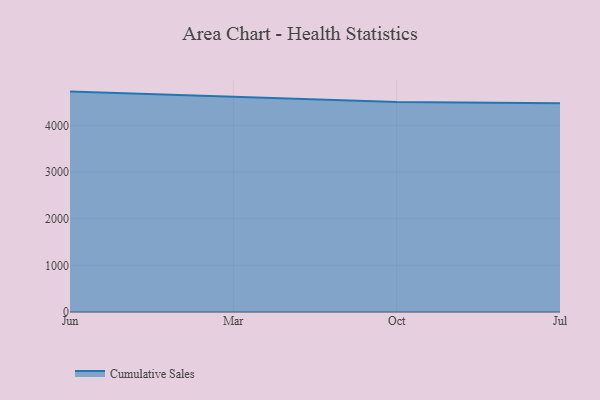
{"axis": {"x": "Month", "y": "Inventory Turnover"}, "legend": ["Cumulative Sales"], "data": [{"x": "Jun", "y": 4723.4, "type": "Cumulative Sales"}, {"x": "Mar", "y": 4613.3, "type": "Cumulative Sales"}, {"x": "Oct", "y": 4500.4, "type": "Cumulative Sales"}, {"x": "Jul", "y": 4472.2, "type": "Cumulative Sales"}]}